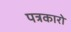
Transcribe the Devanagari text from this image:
पत्रकारो